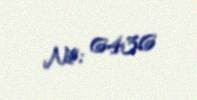
№: 6436